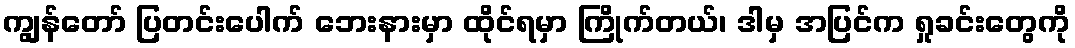
ကျွန်တော် ပြတင်းပေါက် ဘေးနားမှာ ထိုင်ရမှာ ကြိုက်တယ်၊ ဒါမှ အပြင်က ရှုခင်းတွေကို